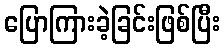
ပြောကြားခဲ့ခြင်းဖြစ်ပြီး